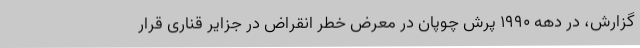
گزارش، در دهه ۱۹۹۰ پرش چوپان در معرض خطر انقراض در جزایر قناری قرار